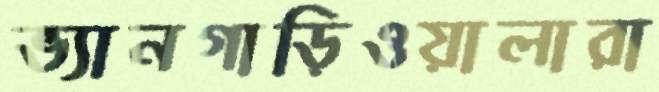
ভ্যানগাড়িওয়ালারা